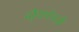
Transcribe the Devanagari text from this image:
दौर्‍याऐवजी